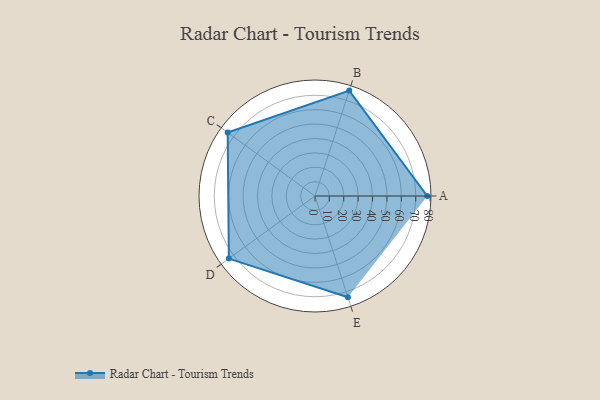
{"axis": {"x": "Skill", "y": "Score"}, "legend": ["Profile"], "data": [{"x": "A", "y": 78.0, "type": "Profile"}, {"x": "B", "y": 77.0, "type": "Profile"}, {"x": "C", "y": 75.0, "type": "Profile"}, {"x": "D", "y": 74.0, "type": "Profile"}, {"x": "E", "y": 74.0, "type": "Profile"}]}